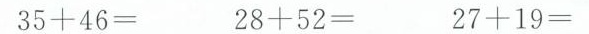
35+46= 28+52= 27+19=